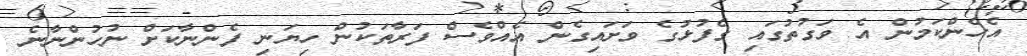
އެހެންކަމުން އެ ވަގުތުގައި ގެފުޅުގެ ވަށައިގެން އެއްވެސް ފަރާތަކުން ހިޔަނި ފެންނާކަށް ނުހުންނާނެ